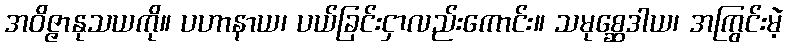
အဝိဇ္ဇာနုသယကို။ ပဟာနာယ၊ ပယ်ခြင်းငှာလည်းကောင်း။ သမုစ္ဆေဒါယ၊ အကြွင်းမဲ့